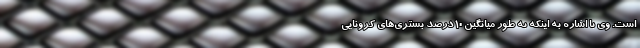
است. وی با اشاره به اینکه به طور میانگین ۱۰ درصد بستری‌های کرونایی